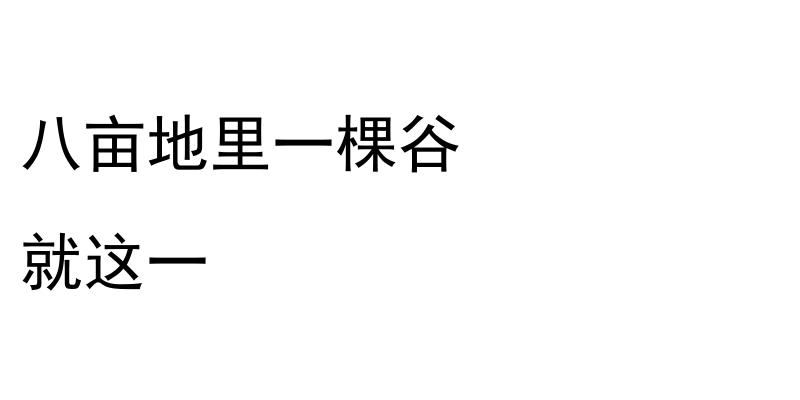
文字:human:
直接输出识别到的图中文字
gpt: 八亩地里一棵谷 就这一